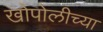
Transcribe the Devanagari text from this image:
खोपोलीच्या